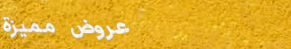
عروض مميزة